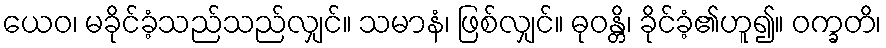
ယေဝ၊ မခိုင်ခံ့သည်သည်လျှင်။ သမာနံ၊ ဖြစ်လျှင်။ ဓုဝန္တိ၊ ခိုင်ခံ့၏ဟူ၍။ ဝက္ခတိ၊